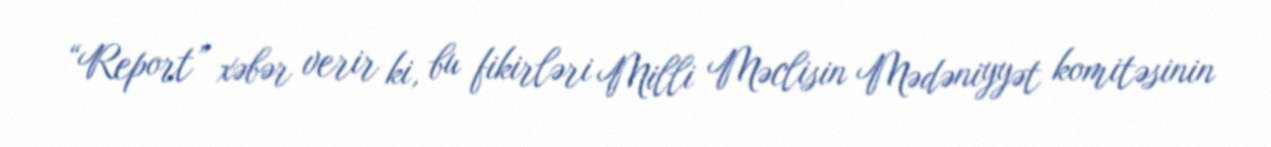
“Report” xəbər verir ki, bu fikirləri Milli Məclisin Mədəniyyət komitəsinin